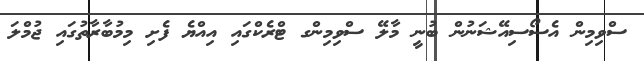
ސްވިމިން އެސޯސިއޭޝަނުން ބުނީ މާލޭ ސްވިމިންގ ޓްރެކްގައި އިއްޔެ ފެށި މިމުބާރާތުގައި ޖުމްލަ